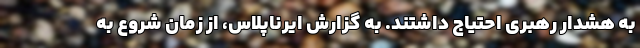
به هشدار رهبری احتیاج داشتند. به گزارش ایرناپلاس، از زمان شروع به